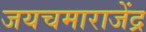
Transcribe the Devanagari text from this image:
जयचमाराजेंद्र